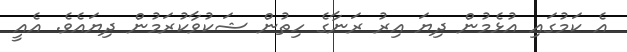
އެ ކަމުގައި އުޅެމުން ދިޔަ އިރު ރަނާގެ ހިތުން ޝަކުވާކުރަމުން ދިޔައެވެ. އެއީ